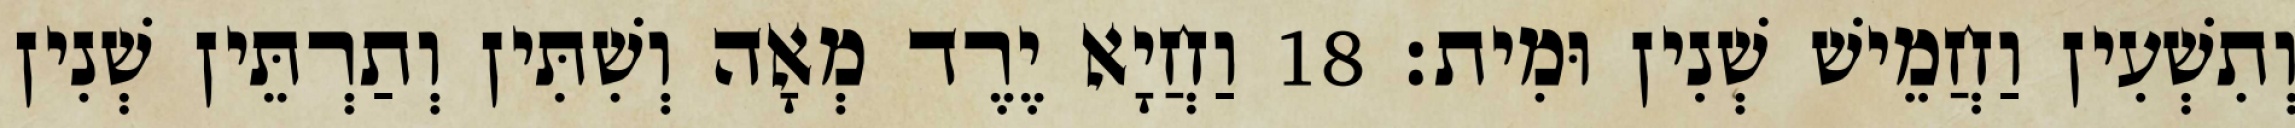
וְתִשְׁעִין וַחֲמֵישׁ שְׁנִין וּמִית׃ 18 וַחֲיָא יֶרֶד מְאָה וְשִׁתִּין וְתַרְתֵּין שְׁנִין